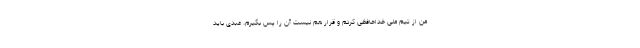
من از تیم ملی خداحافظی کردم و قرار هم نیست آن را پس بگیرم. عبدی باید